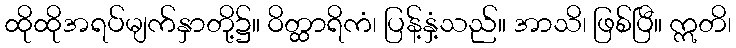
ထိုထိုအရပ်မျက်နှာတို့၌။ ဝိတ္ထာရိကံ၊ ပြန့်နှံ့သည်။ အာသိ၊ ဖြစ်ပြီ။ ဣတိ၊